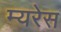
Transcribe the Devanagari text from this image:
म्यरेस